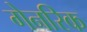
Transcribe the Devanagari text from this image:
गेनरिक